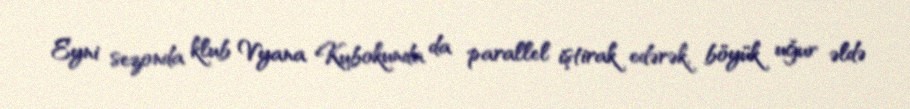
Eyni sezonda klub Vyana Kubokunda da parallel iştirak edərək, böyük uğur əldə